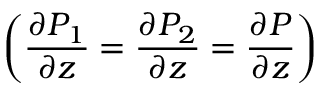
\displaystyle \left( \frac { \partial P _ { 1 } } { \partial z } = \frac { \partial P _ { 2 } } { \partial z } = \frac { \partial P } { \partial z } \right)